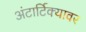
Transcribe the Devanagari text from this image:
अंटार्टिक्यावर